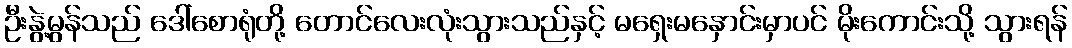
ဦးနွဲ့မွန်သည် ဒေါ်စောရုံတို့ တောင်လေးလုံးသွားသည်နှင့် မရှေးမနှောင်းမှာပင် မိုးကောင်းသို့ သွားရန်